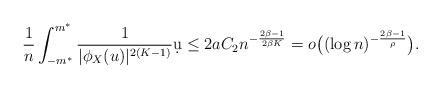
LaTeX: \begin{align*}\frac{1}{n}\int_{-m^*}^{m^*} \frac{1}{|\phi_X(u)|^{2(K-1)} } \d u\leq 2 a C_2 n^{-\frac{2\beta -1}{2\beta K} } =o \big((\log n)^{-\frac{2\beta - 1}{\rho} }\big).\end{align*}